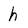
Character: h